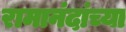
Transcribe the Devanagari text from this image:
रामानंदांच्या